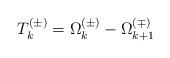
LaTeX: \begin{align*}T_k^{(\pm)} = \Omega_k^{(\pm)}- \Omega_{k+1}^{(\mp)}\end{align*}